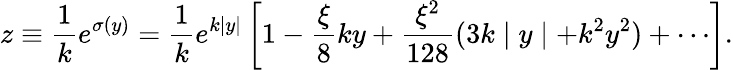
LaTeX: z\equiv\frac{1}{k}e^{\sigma(y)}=\frac{1}{k}e^{k\mid y\mid}\left[1-\frac{\xi}{8}ky+\frac{\xi^{2}}{128}(3k\mid y\mid+k^{2}y^{2})+\cdots\right].